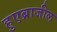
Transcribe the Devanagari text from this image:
हुएब्राजील